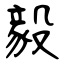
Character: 毅